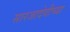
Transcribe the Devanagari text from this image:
सारजादेवीच्या